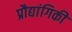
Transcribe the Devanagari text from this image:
प्रौद्यांगिकी